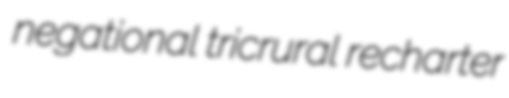
negational tricrural recharter